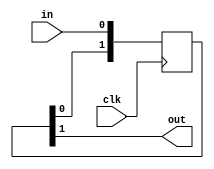
// This program was cloned from: https://github.com/siliconcompiler/lambdalib
// License: MIT License

//#############################################################################
//# Function: Synchronizer                                                    #
//# Copyright: Lambda Project Authors. All rights Reserved.                   #
//# License:  MIT (see LICENSE file in Lambda repository)                     #
//#############################################################################
module la_dsync #(parameter PROP = "DEFAULT",
                  parameter STAGES = 2,       // synchronizer depth
                  parameter RND = 1)          // randomize simulation delay
   (
    input  clk, // clock
    input  in, // input data
    output out  // synchronized data
    );

   reg [STAGES:0] shiftreg;
   always @(posedge clk)
     shiftreg[STAGES:0] <= {shiftreg[STAGES-1:0], in};

`ifdef SIM
   integer        sync_delay;
   always @(posedge clk)
     sync_delay <= {$random} % 2;
   assign out = (|sync_delay & (|RND)) ? shiftreg[STAGES] : shiftreg[STAGES-1];
`else
   assign out = shiftreg[STAGES-1];
`endif

endmodule